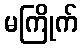
မကြိုက်